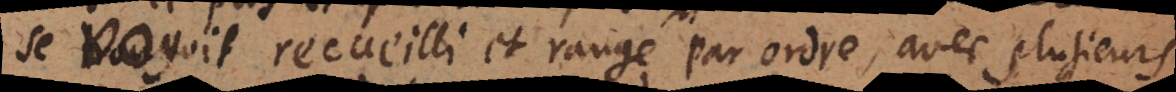
se voyoit recueilli et rangé par ordre, avec plusieurs